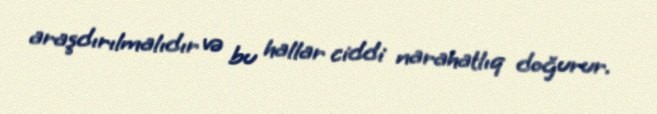
araşdırılmalıdır və bu hallar ciddi narahatlıq doğurur.